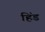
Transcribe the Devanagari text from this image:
हिंड